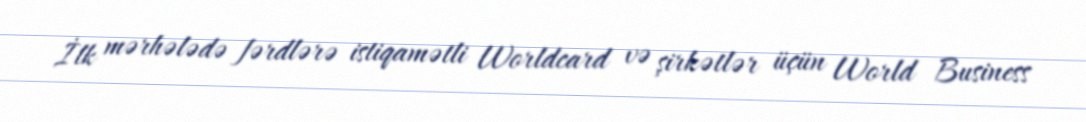
İlk mərhələdə fərdlərə istiqamətli Worldcard və şirkətlər üçün World Business